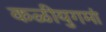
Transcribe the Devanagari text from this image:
कळीयुगमां